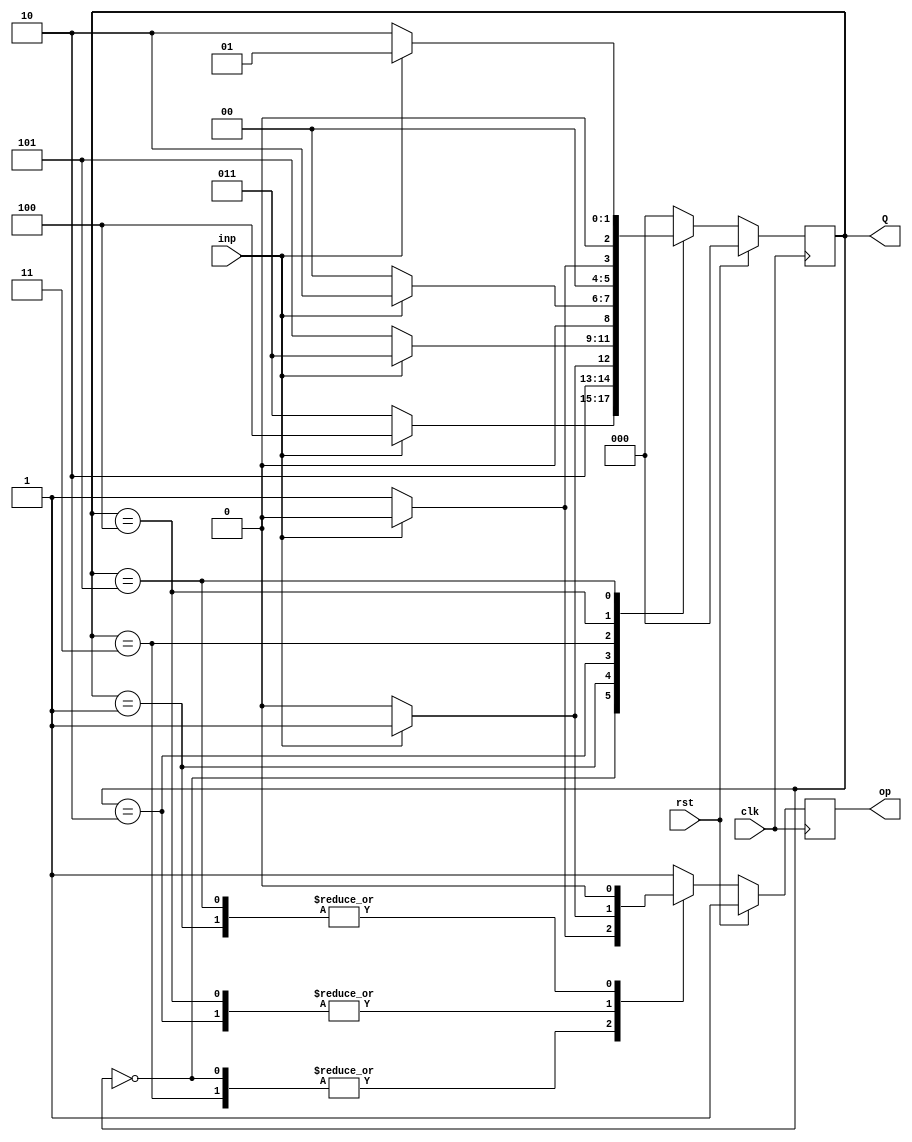
`timescale 1ns / 1ps
//////////////////////////////////////////////////////////////////////////////////
// Company: 
// Engineer: 
// 
// Create Date: 
// Design Name: 
// Module Name: multipleOf3
// Project Name: 
// Target Devices: 
// Tool Versions: 
// Description: 
// 
// Dependencies: 
// 
// Revision:
// Revision 0.01 - File Created
// Additional Comments:
// 
//////////////////////////////////////////////////////////////////////////////////
 
////////////////////////////////////////////////////////////////////////////////
//GROUP NO. 13
// 5th semester - AUTUMN 2020 
//STUDENTS : ATHARVA ROSHAN NAIK (18CS10067)
//           RADHIKA PATWARI (18CS10062)

// ASSIGNMENT 4 -- Question 2
// FSM for checking if multiple of 3 when input is from LSB
///////////////////////////////////////////////////////////////////////////////////

// Mealy machine for checking if a stream of bits from LSB is divisible by 3 or not

// Module parameters::
// rst : reset the input
// clk : clock needed to drive the FSM
// inp : input binary bit
// op : output binary bit
// Q : present state of the mealy machine

module multiple_of_3(input rst, input clk, input inp, output reg op, output reg [2:0] Q);

    reg [2:0] ns;                       //next state variable
    reg [1:0] nop;                      //output on current input

    //6 states defined for the mealy machine
    parameter S0=3'b000, S1=3'b001, S2=3'b010, S3=3'b011, S4=3'b100, S5=3'b101; 

    //output to check whether given input is divisible by 3 or not
    parameter O0 = 1'b0, O1 = 1'b1;

    always @(posedge clk)      //driving the m/c at positive edge of clock
        if(rst)                             //if reset = 1 then set start state and output
            begin
                Q <= S0;                    //start state : 00
                op <= O1;                   //output : 0
            end
        else
            begin
                Q <= ns;                    //present state : next state
                op <= nop;                  //present output : next output
            end

    //sequential FSM based upon the transition table:
    // -----------------------------------
    // Input |      0      |      1      |
    // -----------------------------------
    //   PS  |  NS  |  Out |  NS  |  Out |
    // -----------------------------------
    //   000 |  011 |  001 |  100 |  000 |
    //   001 |  100 |  000 |  101 |  000 |
    //   010 |  101 |  000 |  011 |  001 |
    //   011 |  000 |  001 |  010 |  000 |
    //   100 |  001 |  000 |  000 |  001 |
    //   101 |  010 |  000 |  001 |  000 |
    // -----------------------------------

    always @(Q, op)                         //driving the m/c when output/state changes
    begin
        case(Q)
            S0: if(inp)
                begin
                    ns = S4; 
                    nop = O0; 
                end
                    
                else
                begin
                    ns = S3; 
                    nop = O1; 
                end
            S1: if(inp)
                begin
                    ns = S5; 
                    nop = O0;  
                end
                    
                else
                begin
                    ns = S4; 
                    nop = O0; 
                end
            S2: if(inp)
                begin
                    ns = S3; 
                    nop = O1; 
                end
                
                else
                begin
                    ns = S5; 
                    nop = O0;
                end
            S3: if(inp)
                begin
                    ns = S2; 
                    nop = O0; 
                end
                
                else
                begin
                    ns = S0; 
                    nop = O1; 
                end
            S4: if(inp)
                begin
                    ns = S0; 
                    nop = O1; 
                end
                
                else
                begin
                    ns = S1; 
                    nop = O0;
                end
            S5: if(inp)
                begin
                    ns = S1; 
                    nop = O0; 
                end
                
                else
                begin
                    ns = S2; 
                    nop = O0; 
                end
            default:
                begin
                ns = S0;
                nop = O1; 
                end
        endcase    
    end
endmodule